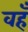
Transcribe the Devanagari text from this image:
वहँ